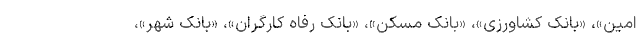
امین»، «بانک کشاورزی»، «بانک مسکن»، «بانک رفاه کارگران»، «بانک شهر»،